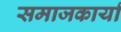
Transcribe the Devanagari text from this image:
समाजकार्या